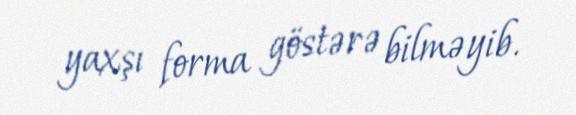
yaxşı forma göstərə bilməyib.